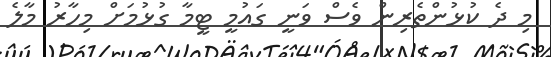
މި ދެ ކުޅުންތެރިން ވެސް ވަނީ ގައުމީ ޓީމާ ގުޅުމަށް މިހާރު މާލެ